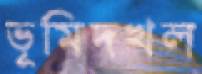
ভূমিদখল